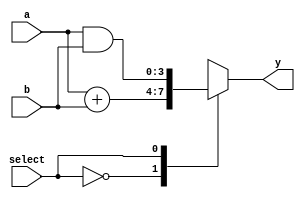
module combinational_logic (
    input wire [3:0] a,        // 4-bit input signal a
    input wire [3:0] b,        // 4-bit input signal b
    input wire select,         // 1-bit select signal
    output reg [3:0] y         // 4-bit output signal y
);

    // Combinational logic using always block with @(*)
    always @(*) begin
        case (select)
            1'b0: y = a + b;       // If select is 0, output is the sum of a and b
            1'b1: y = a & b;       // If select is 1, output is the bitwise AND of a and b
            default: y = 4'b0000;   // Default case, output is zero
        endcase
    end

endmodule